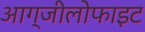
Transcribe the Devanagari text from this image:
आग्जीलोफाइट